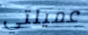
عميلتي